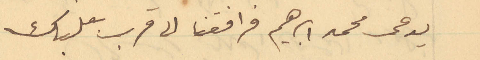
يدعى محمد ابراهيم فرافقنا الى قرب بعلبك